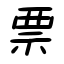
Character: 票